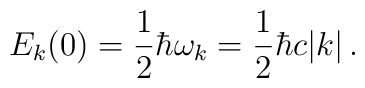
E_k(0) = \frac{1}{2}\hbar \omega_k = \frac{1}{2} \hbar c|k|\,.